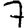
Digit: 7